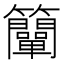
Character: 𥸍